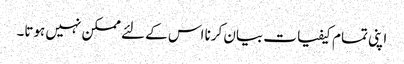
اپنی تمام کیفیات بیان کرنا اس کے لئے ممکن نہیں ہوتا۔